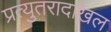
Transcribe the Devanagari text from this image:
प्रत्युतरादाखल